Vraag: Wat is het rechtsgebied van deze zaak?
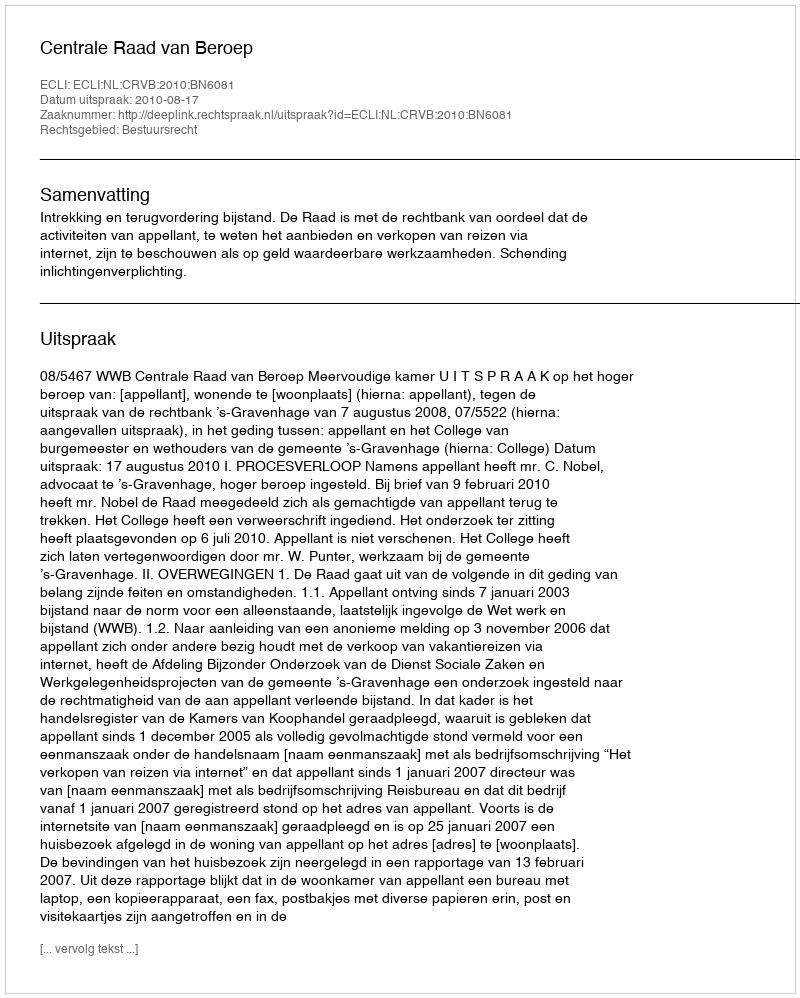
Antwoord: Bestuursrecht